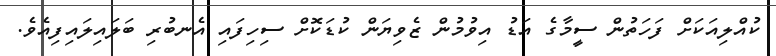
ކުއްލިއަކަށް ފަހަތުން ސީމާގެ އަޑު އިވުމުން ޒެވިޔަން ކުޑަކޮށް ސިހިފައި އެނބުރި ބަލައިލައިފިއެވެ.